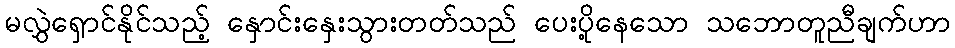
မလွှဲရှောင်နိုင်သည့် နှောင်းနှေးသွားတတ်သည် ပေးပို့နေသော သဘောတူညီချက်ဟာ